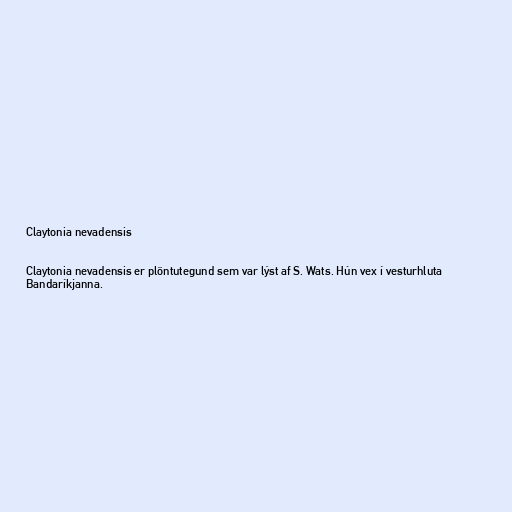
Claytonia nevadensis

Claytonia nevadensis er plöntutegund sem var lýst af S. Wats. Hún vex í vesturhluta
Bandaríkjanna.